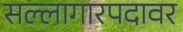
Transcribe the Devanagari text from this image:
सल्लागारपदावर